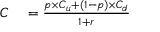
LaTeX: \begin{array} { r l } { C } & { { } = { \frac { p \times C _ { u } + ( 1 - p ) \times C _ { d } } { 1 + r } } } \end{array}